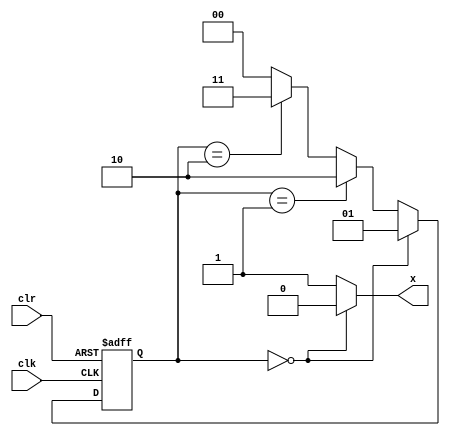
module fsm_01 (clk, clr, x);

input clk, clr;
output x;
reg x;

reg [1:0] estado_atual;
reg [1:0] proximo_estado;

//--------------------------------
// ESTADO ATUAL
//--------------------------------
always @(posedge clk or negedge clr)

	if(clr == 1'b0)
	
		estado_atual <= 2'd0;
		
	else
	
		estado_atual <= proximo_estado;
		
//--------------------------------
// PROXIMO ESTADO
//--------------------------------
		
always @(estado_atual)

	if(estado_atual == 2'd0)
	begin
	
		x = 1'b0;
		proximo_estado = 2'd1;
		
	end
	
	else if(estado_atual == 2'd1)
	begin
	
		x = 1'b1;
		proximo_estado = 2'd2;
		
	end
	
	else if(estado_atual == 2'd2)
	begin
	
		x = 1'b1;
		proximo_estado = 2'd3;
		
	end
	
	else
	begin
	
		x = 1'b1;
		proximo_estado = 2'd0;
		
	end
	
endmodule